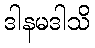
ဒါနမဒါသိ